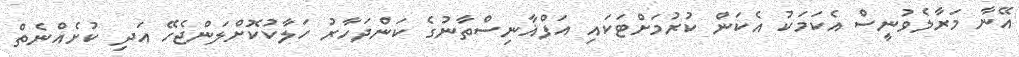
އޭނާ މަރާލެވުނީސް އެކަމަކު އެކަން ކުރުމަށްޓަކައި އަފްޣާނިސްތާނުގެ ކަންދަހާރު ހަލާކުކޮށްލަންޖެހޭ އަދި ކުށެއްނެތް